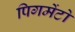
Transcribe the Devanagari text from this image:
पिगमेंटो